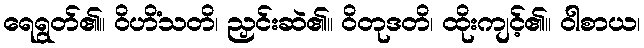
ရေရွတ်၏။ ဝိဟိံသတိ၊ ညှင်းဆဲ၏။ ဝိတုဒတိ၊ ထိုးကျင့်၏။ ဝါစာယ၊